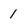
Character: 1